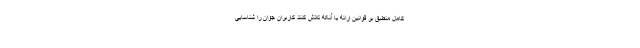
کامل منطبق بر قوانین ارائه یا آنکه تلاش کنند کاربران جوان را شناسایی